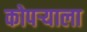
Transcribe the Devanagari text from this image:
कोपऱ्याला